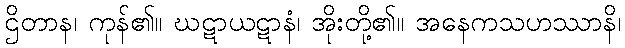
ဌိတာန၊ ကုန်၏။ ဃဋာယဋာနံ၊ အိုးတို့၏။ အနေကသဟဿာနိ၊